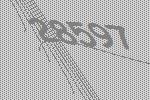
28597